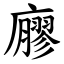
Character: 廫